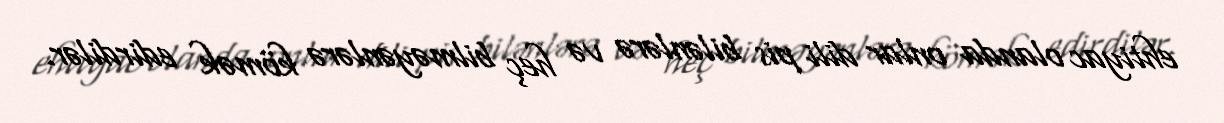
ehtiyac olanda onlar dili pis bilənlərə və heç bilməyənlərə kömək edirdilər.